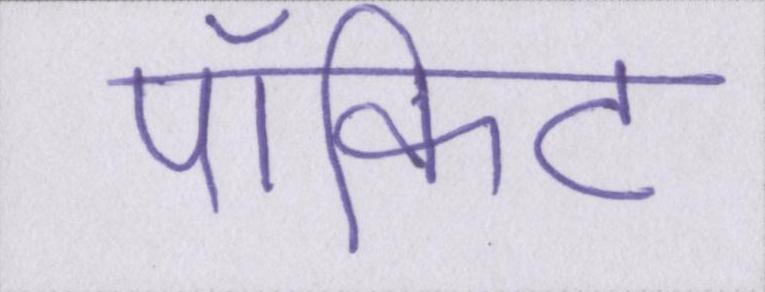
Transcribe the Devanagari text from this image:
पॉकिट